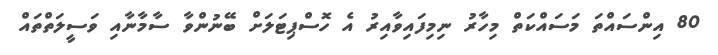
80 އިންސައްތަ މަސައްކަތް މިހާރު ނިމިފައިވާއިރު އެ ހޮސްޕިޓަލަށް ބޭނުންވާ ސާމާނާއި ވަސީލަތްތައް